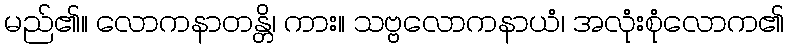
မည်၏။ လောကနာတန္တိ၊ ကား။ သဗ္ဗလောကနာယံ၊ အလုံးစုံလောက၏